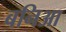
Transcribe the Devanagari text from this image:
बनिआ